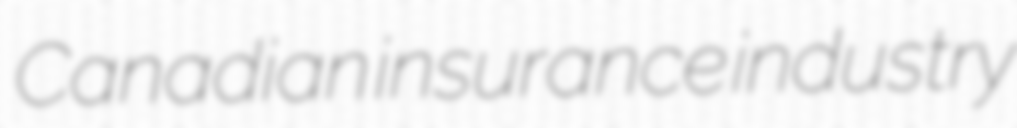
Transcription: Canadian insurance industry